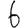
Digit: 6